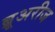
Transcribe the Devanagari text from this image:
ब्रूअरीज